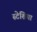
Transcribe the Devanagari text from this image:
स्टेशिया